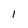
Character: 1